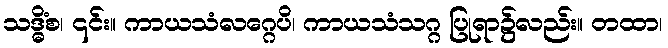
သဒ္ဓိံစ၊ ၎င်း။ ကာယသံလဂ္ဂေပိ၊ ကာယသံသဂ္ဂ ပြုရာ၌လည်း။ တထာ၊